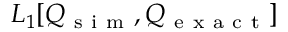
L _ { 1 } [ Q _ { \mathrm { ~ s ~ i ~ m ~ } } , Q _ { \mathrm { ~ e ~ x ~ a ~ c ~ t ~ } } ]